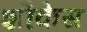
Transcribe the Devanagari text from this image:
शौकेस